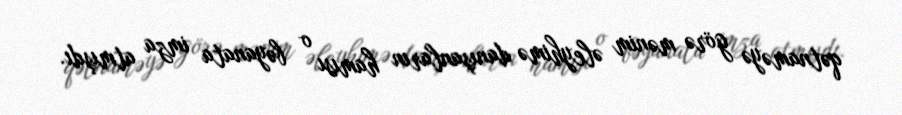
qətnaməyə görə mənim əleyhimə danışanların hamısı o bəyanata imza atmışdı.